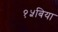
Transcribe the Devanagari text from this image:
१५बिया